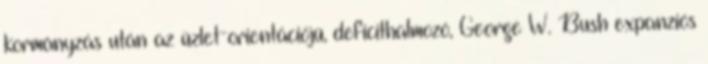
kormányzás után az üzlet-orientációjú, deficithalmozó, George W. Bush expanziós